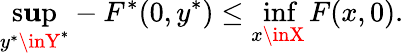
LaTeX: \operatorname*{s\mathbf{u}p}_{y^{*}\inY^{*}}-F^{*}(0,y^{*})\leq\operatorname*{inf}_{x\inX}F(x,0).